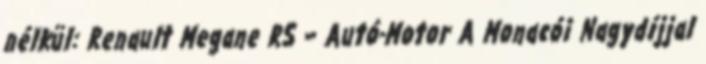
nélkül: Renault Megane RS – Autó-Motor A Monacói Nagydíjjal